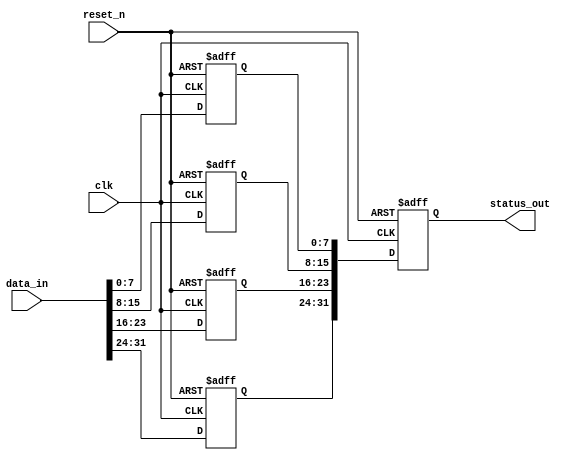
module FlipFlopDetector #(
    parameter NUM_BLOCKS = 4,      // Number of memory blocks
    parameter BLOCK_SIZE = 8        // Number of flip-flops per block
)(
    input wire clk,                 // Main clock signal
    input wire reset_n,             // Asynchronous active-low reset
    input wire [NUM_BLOCKS*BLOCK_SIZE-1:0] data_in, // Data inputs for flip-flops
    output reg [NUM_BLOCKS*BLOCK_SIZE-1:0] status_out // Status output for detected flip-flops
);

    // Memory blocks to store states of flip-flops
    reg [BLOCK_SIZE-1:0] memory [0:NUM_BLOCKS-1];

    // Edge detection logic
    reg [BLOCK_SIZE-1:0] prev_state [0:NUM_BLOCKS-1];
    reg [BLOCK_SIZE-1:0] rising_edge [0:NUM_BLOCKS-1];
    reg [BLOCK_SIZE-1:0] falling_edge [0:NUM_BLOCKS-1];

    // Asynchronous reset and state capture
    integer i, j;
    always @(posedge clk or negedge reset_n) begin
        if (!reset_n) begin
            // Initialize memory blocks and status outputs
            for (i = 0; i < NUM_BLOCKS; i = i + 1) begin
                memory[i] <= {BLOCK_SIZE{1'b0}};
                prev_state[i] <= {BLOCK_SIZE{1'b0}};
                rising_edge[i] <= {BLOCK_SIZE{1'b0}};
                falling_edge[i] <= {BLOCK_SIZE{1'b0}};
            end
            status_out <= {NUM_BLOCKS*BLOCK_SIZE{1'b0}};
        end else begin
            // Capture states and detect edges
            for (i = 0; i < NUM_BLOCKS; i = i + 1) begin
                memory[i] <= data_in[i*BLOCK_SIZE +: BLOCK_SIZE]; // Store current state
                for (j = 0; j < BLOCK_SIZE; j = j + 1) begin
                    // Edge detection
                    rising_edge[i][j] <= ~prev_state[i][j] & memory[i][j]; // Detect rising edge
                    falling_edge[i][j] <= prev_state[i][j] & ~memory[i][j]; // Detect falling edge
                    prev_state[i][j] <= memory[i][j]; // Update previous state
                end
            end
            // Update status output
            for (i = 0; i < NUM_BLOCKS; i = i + 1) begin
                status_out[i*BLOCK_SIZE +: BLOCK_SIZE] <= memory[i]; // Output current states
            end
        end
    end

endmodule